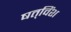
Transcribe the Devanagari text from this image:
षत्‌विंश